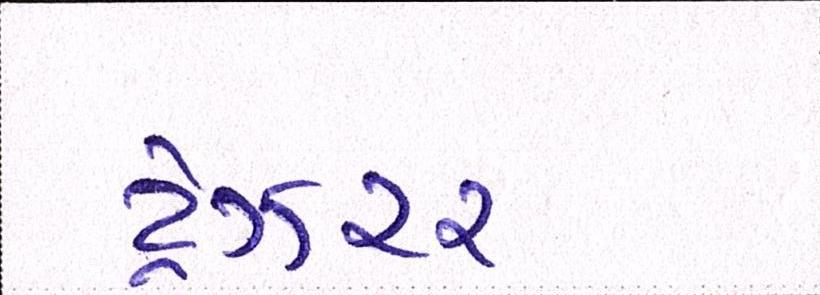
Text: ટ્રેઝરર